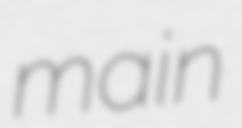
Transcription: main